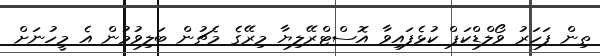
ތިން ފަހަރު ވޯލްޑްކަޕް ކުޅެފައިވާ އޮސްޓްރޭލިޔާ މިރޭގެ މެޗުން ބަލިވުމުން އެ މީހުނަށް